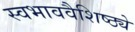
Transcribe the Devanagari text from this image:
स्वभाववैशिष्ठ्ये